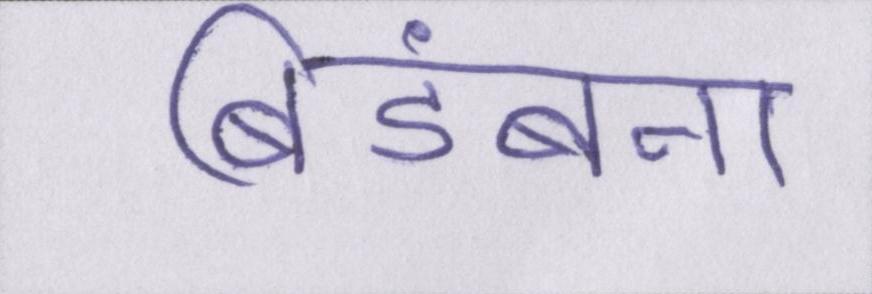
बिडंबना